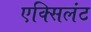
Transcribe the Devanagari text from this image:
एक्सिलंट